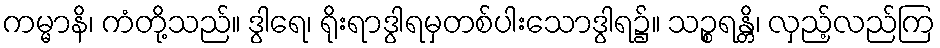
ကမ္မာနိ၊ ကံတို့သည်။ ဒွါရေ၊ ရိုးရာဒွါရမှတစ်ပါးသောဒွါရ၌။ သဉ္စရန္တိ၊ လှည့်လည်ကြ